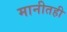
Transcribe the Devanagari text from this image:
मानीतही